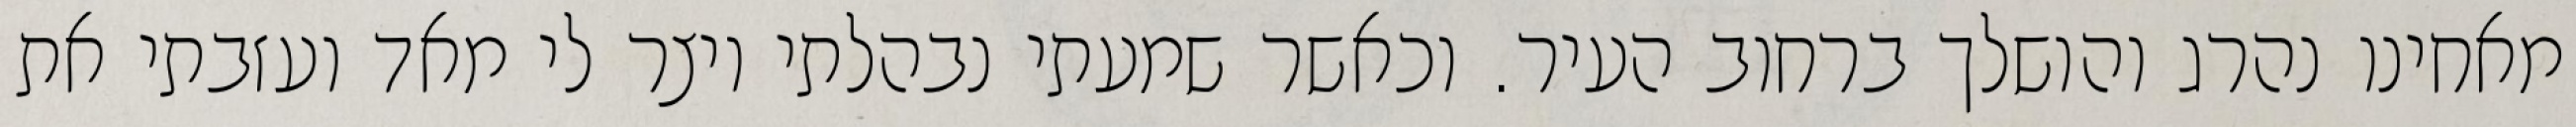
מאחינו נהרג והושלך ברחוב העיר. וכאשר שמעתי נבהלתי ויצר לי מאד ועזבתי את